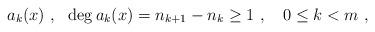
LaTeX: \begin{gather*} a_{k} (x) \ , \ \ \deg a_{k} (x) = n_{k+1}-n_{k} \geq 1 \ , \ \ \ 0 \leq k < m \ ,\end{gather*}